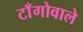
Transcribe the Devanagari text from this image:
टाँगोवाले